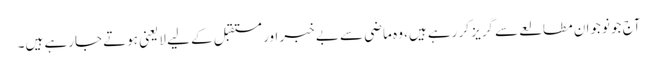
آج جو نوجوان مطالعے سے گریز کر رہے ہیں، وہ ماضی سے بے خبر اور مستقبل کے لیے لایعنی ہوتے جارہے ہیں۔